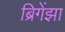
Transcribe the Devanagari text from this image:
ब्रिगेंझा